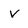
Character: V